Vaccination in Bombay 1913-1923 - 1913-1923
Year: 1913
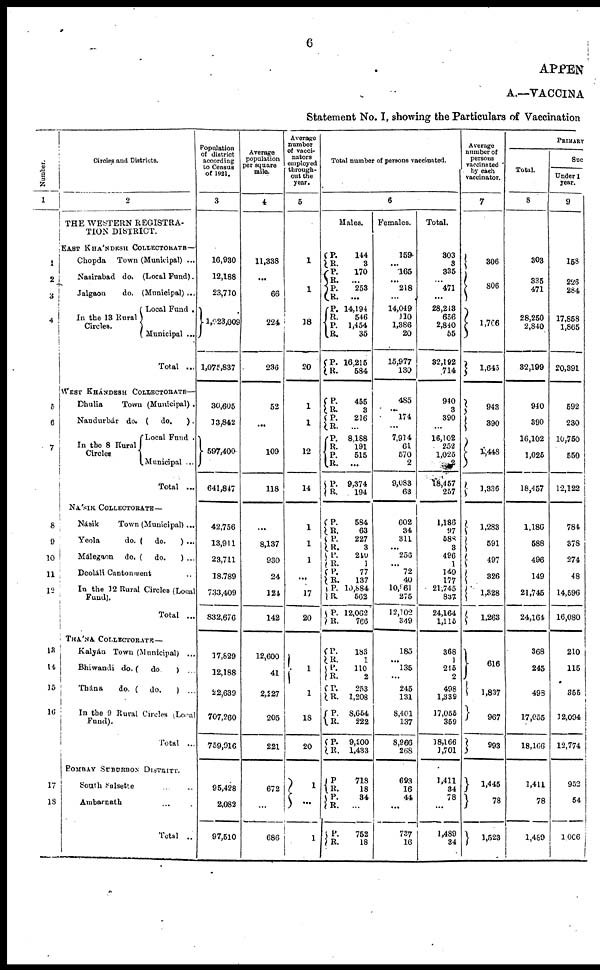
6
APPEN
A.—VACCINA
Statement No. I, showing the Particulars of Vaccination
Number.
1
1
2
3
4
5
6
7
8
9
10
11
12
13
14
15
16
17
18
Circles and Districts.
2
THE WESTERN REGISTRA-
TION DISTRICT.
EAST KHÁNDESH COLLECTORATE—
Chopda Town (Municipal) ...
Nasirabad do. (Local Fund).
Jalgaon
do. (Municipal) ...
In the 13 Rural
Circles.
Local Fund .
Municipal ...
Total ...
WEST KHÁNDESH COLLECTORATE—
Dhulia
Town (Municipal) .
Nandurbár do. ( do.
).
In the 8 Rural
Circles
Local Fund .
Municipal ...
Total ...
NÁSIK COLLECTORATE—
Násik
Town (Municipal) ...
Yeola
do. ( do.
) ...
Málegaon do. ( do.
) ...
Deoláli Cantonment ...
In the 12 Rural Circles (Local
Fund).
Total ...
THÁNA COLLECTORATE—
Kalyán Town (Municipal) ...
Bhiwandi do. (
do.
) ...
Thána
do. ( do.
) ...
In the 9 Rural Circles (Local
Fund).
Total ...
BOMBAY SUBURBON DISTRITT.
South Salsette ... ...
Ambarnath ... ...
Total ..
Population
of district
according
to Census
of 1921.
3
16,930
12,188
23,710
1,023,009
1,075,837
30,605
13,842
597,400
641,847
42,756
13,911
23,711
18,789
733,409
832,676
17,829
12,188
22,639
707,260
759,916
95,428
2,082
97,510
Average
population
per square
mile.
4
11,338
...
66
224
236
52
...
109
118
...
8,137
930
24
124
142
12,600
41
2,227
205
221
672
...
686
Average
number
of vacci¬
nators
employed
through-
out the
year.
5
1
...
1
18
20
1
1
12
14
1
1
1
...
17
20
1
1
18
20
1
...
1
Total number of persons vaccinated.
6
Males.
P.
R.
P.
R.
P.
R.
P.
R.
P.
R.
P.
R.
144
3
170
...
253
...
14,194
546
1,454
35
16,215
584
P.
R.
P.
R.
P.
R.
P.
R.
P.
R.
455
3
216
...
8,188
191
515
...
9,374
194
P.
R.
P.
R.
P.
R.
P.
R.
P.
R.
P.
R.
584
63
227
3
240
1
77
137
10,884
562
12,062
766
P.
R. P.
R.
P.
R.
P.
R.
P.
R.
183
1
110
2
253
1,208
8,654
222
9,200
1,433
P.
R.
P.
R.
P.
R.
718
18
34
...
752
18
Females.
159
...
165
...
218
...
14,049
110
1,386
20
15,977
130
485
...
174
...
7,914
61
570
2
9,083
63
602
34
311
...
256
... 72
40
10,861
275
12,102
349
185
...
135
...
245
131
8,401
137
8,966
268
693
16
44
...
737
16
Total.
303
3
335
...
471
...
28,243
656
2,840
55
32,192
714
940
3
390
...
16,102
252
1,025
2
18,457
257
1,186
97
588
3
496
1
149
177
21,745
837
24,164
1,115
368
1
215
2
498
1,339
17,055
359
18,166
1,701
1,411
34
78
...
1,489
34
Average
number of
persons
vaccinated
by each
vaccinator.
7
306
806
1,766
1,645
943
390
1,448
1,336
1,283
591
497
326
1,328
1,263
616
1,837
967
993
1,445
78
1,523
PRIMARY
Total.
8
303
335
471
28,250
2,840
32,199
940
390
16,102
1,025
18,457
1,186
588
496
149
21,745
24,164
368
245
498
17,055
18,166
1,411
78
1,489
Suc
Under 1
year.
9
158
226
284
17,858
1,865
20,391
592
230
10,750
550
12,122
784
378
274
48
14,596
16,080
210
115
355
12,094
12,774
952
54
1,006